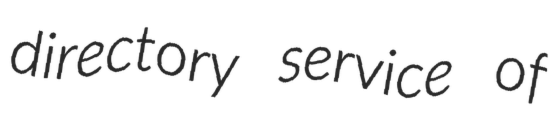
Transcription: directory service of